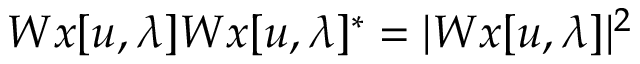
W x [ u , \lambda ] W x [ u , \lambda ] ^ { * } = | W x [ u , \lambda ] | ^ { 2 }